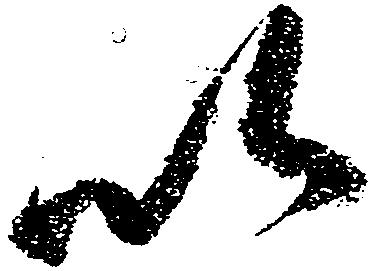
以